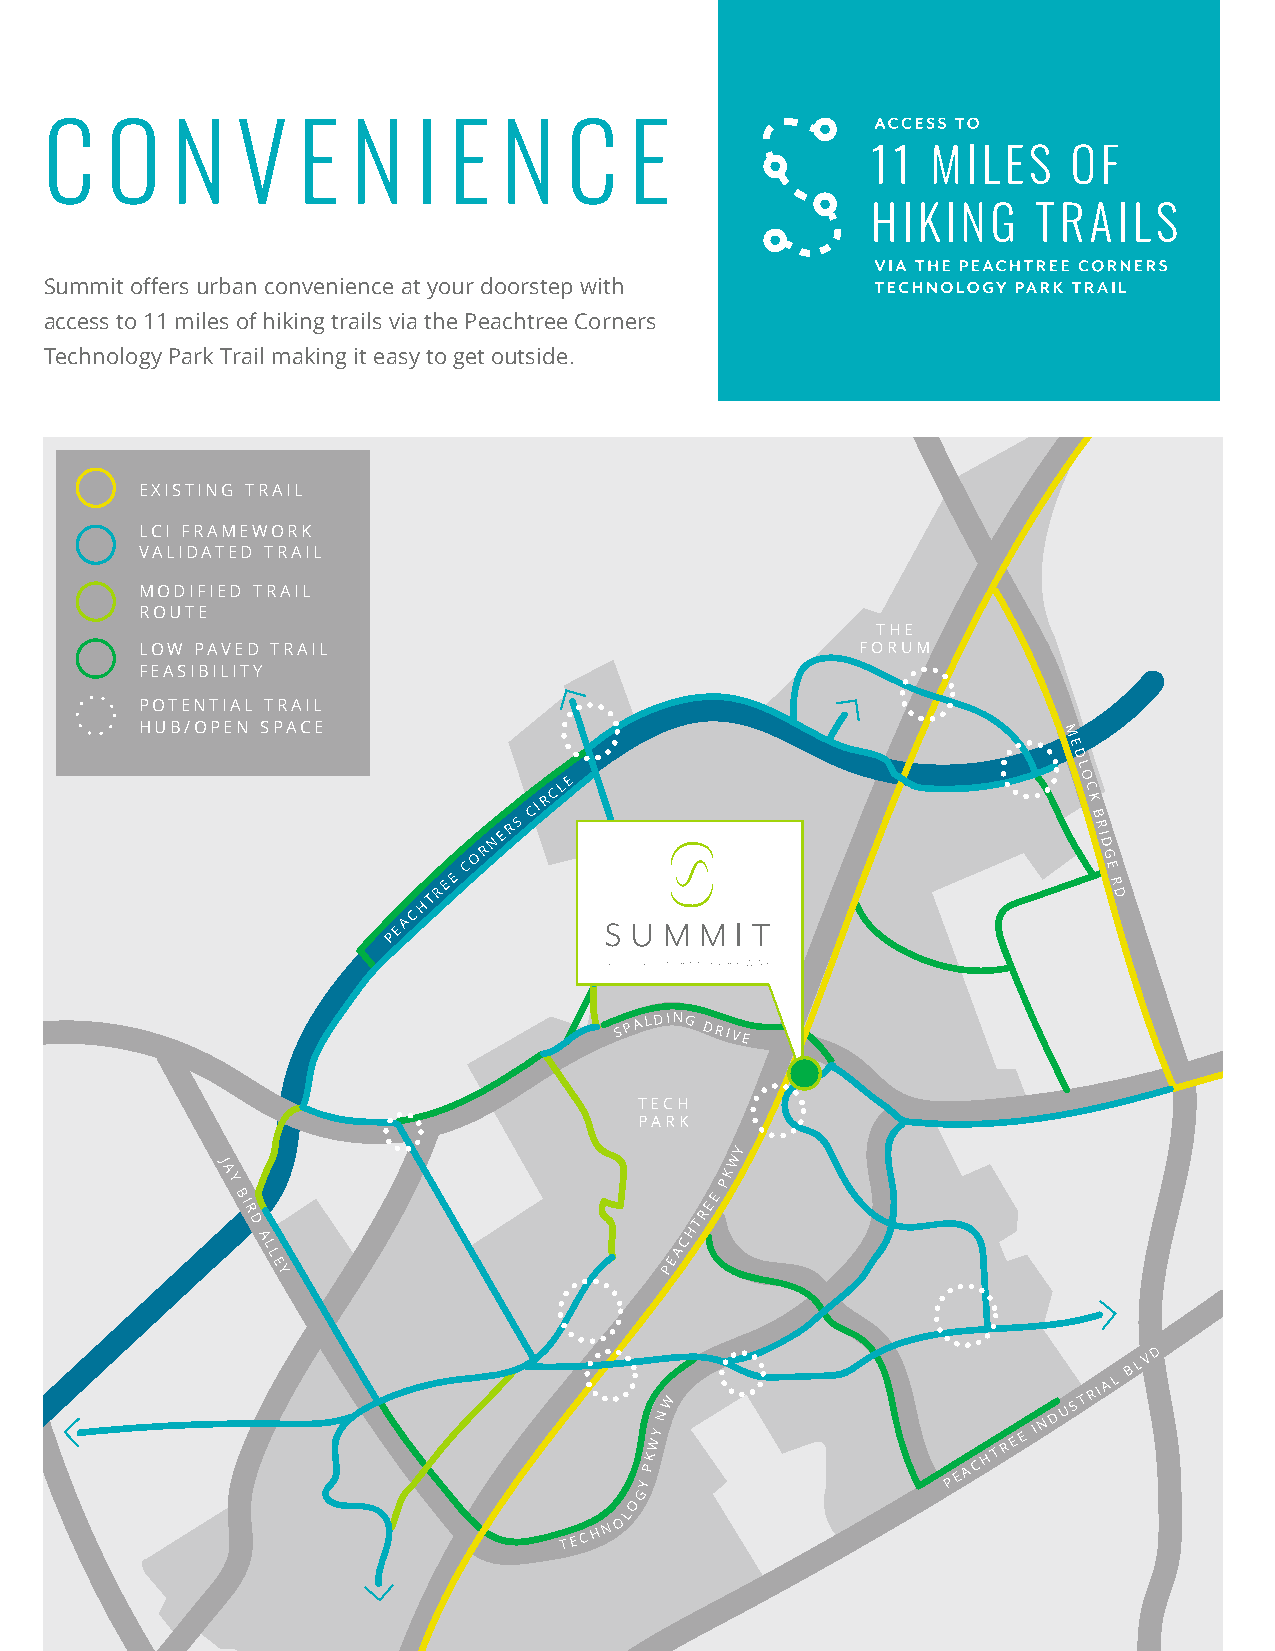
C   O   N    V   E  N   I  E  N   C    E
 Summit offers urban convenience at your doorstep with
 access to 11 miles of hiking trails via the Peachtree Corners
 Technology Park Trail making it easy to get outside.
 EXISTING TRAIL
 LCI FRAMEWORK
 VALIDATED TRAIL
 MODIFIED TRAIL
 ROUTE
 THE
 LOW PAVED TRAIL                                 FORUM
 FEASIBILITY
 POTENTIAL TRAIL
 HUB/OPEN SPACE
 M
 E
 D
 L
 E                                O
 CL                                 C
 R                                   K
 RS
 CI
 B R
 R
 N E                                     ID
 O                                         G
 EE
 C                                         E
 R
 TR                                            D
 H
 C
 A
 E
 P
 S P
 ALDING
 DRIVE
 TECH
 PARK
 Y
 J                                 W
 A                                K
 Y
 B                               E
 P
 I                              E
 R                             R
 D                             T
 H
 A                           C
 L                           A
 L E                       PE
 Y
 D
 B L V
 NW
 D
 U S T
 RIA L
 KWY                   H T R E E
 IN
 Y P                  P E A C
 G
 O
 L
 TE C H N O